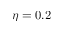
\eta = 0 . 2